NAE_ERA_R-1958_ENSV_Heliloojate_Liit, lk 143
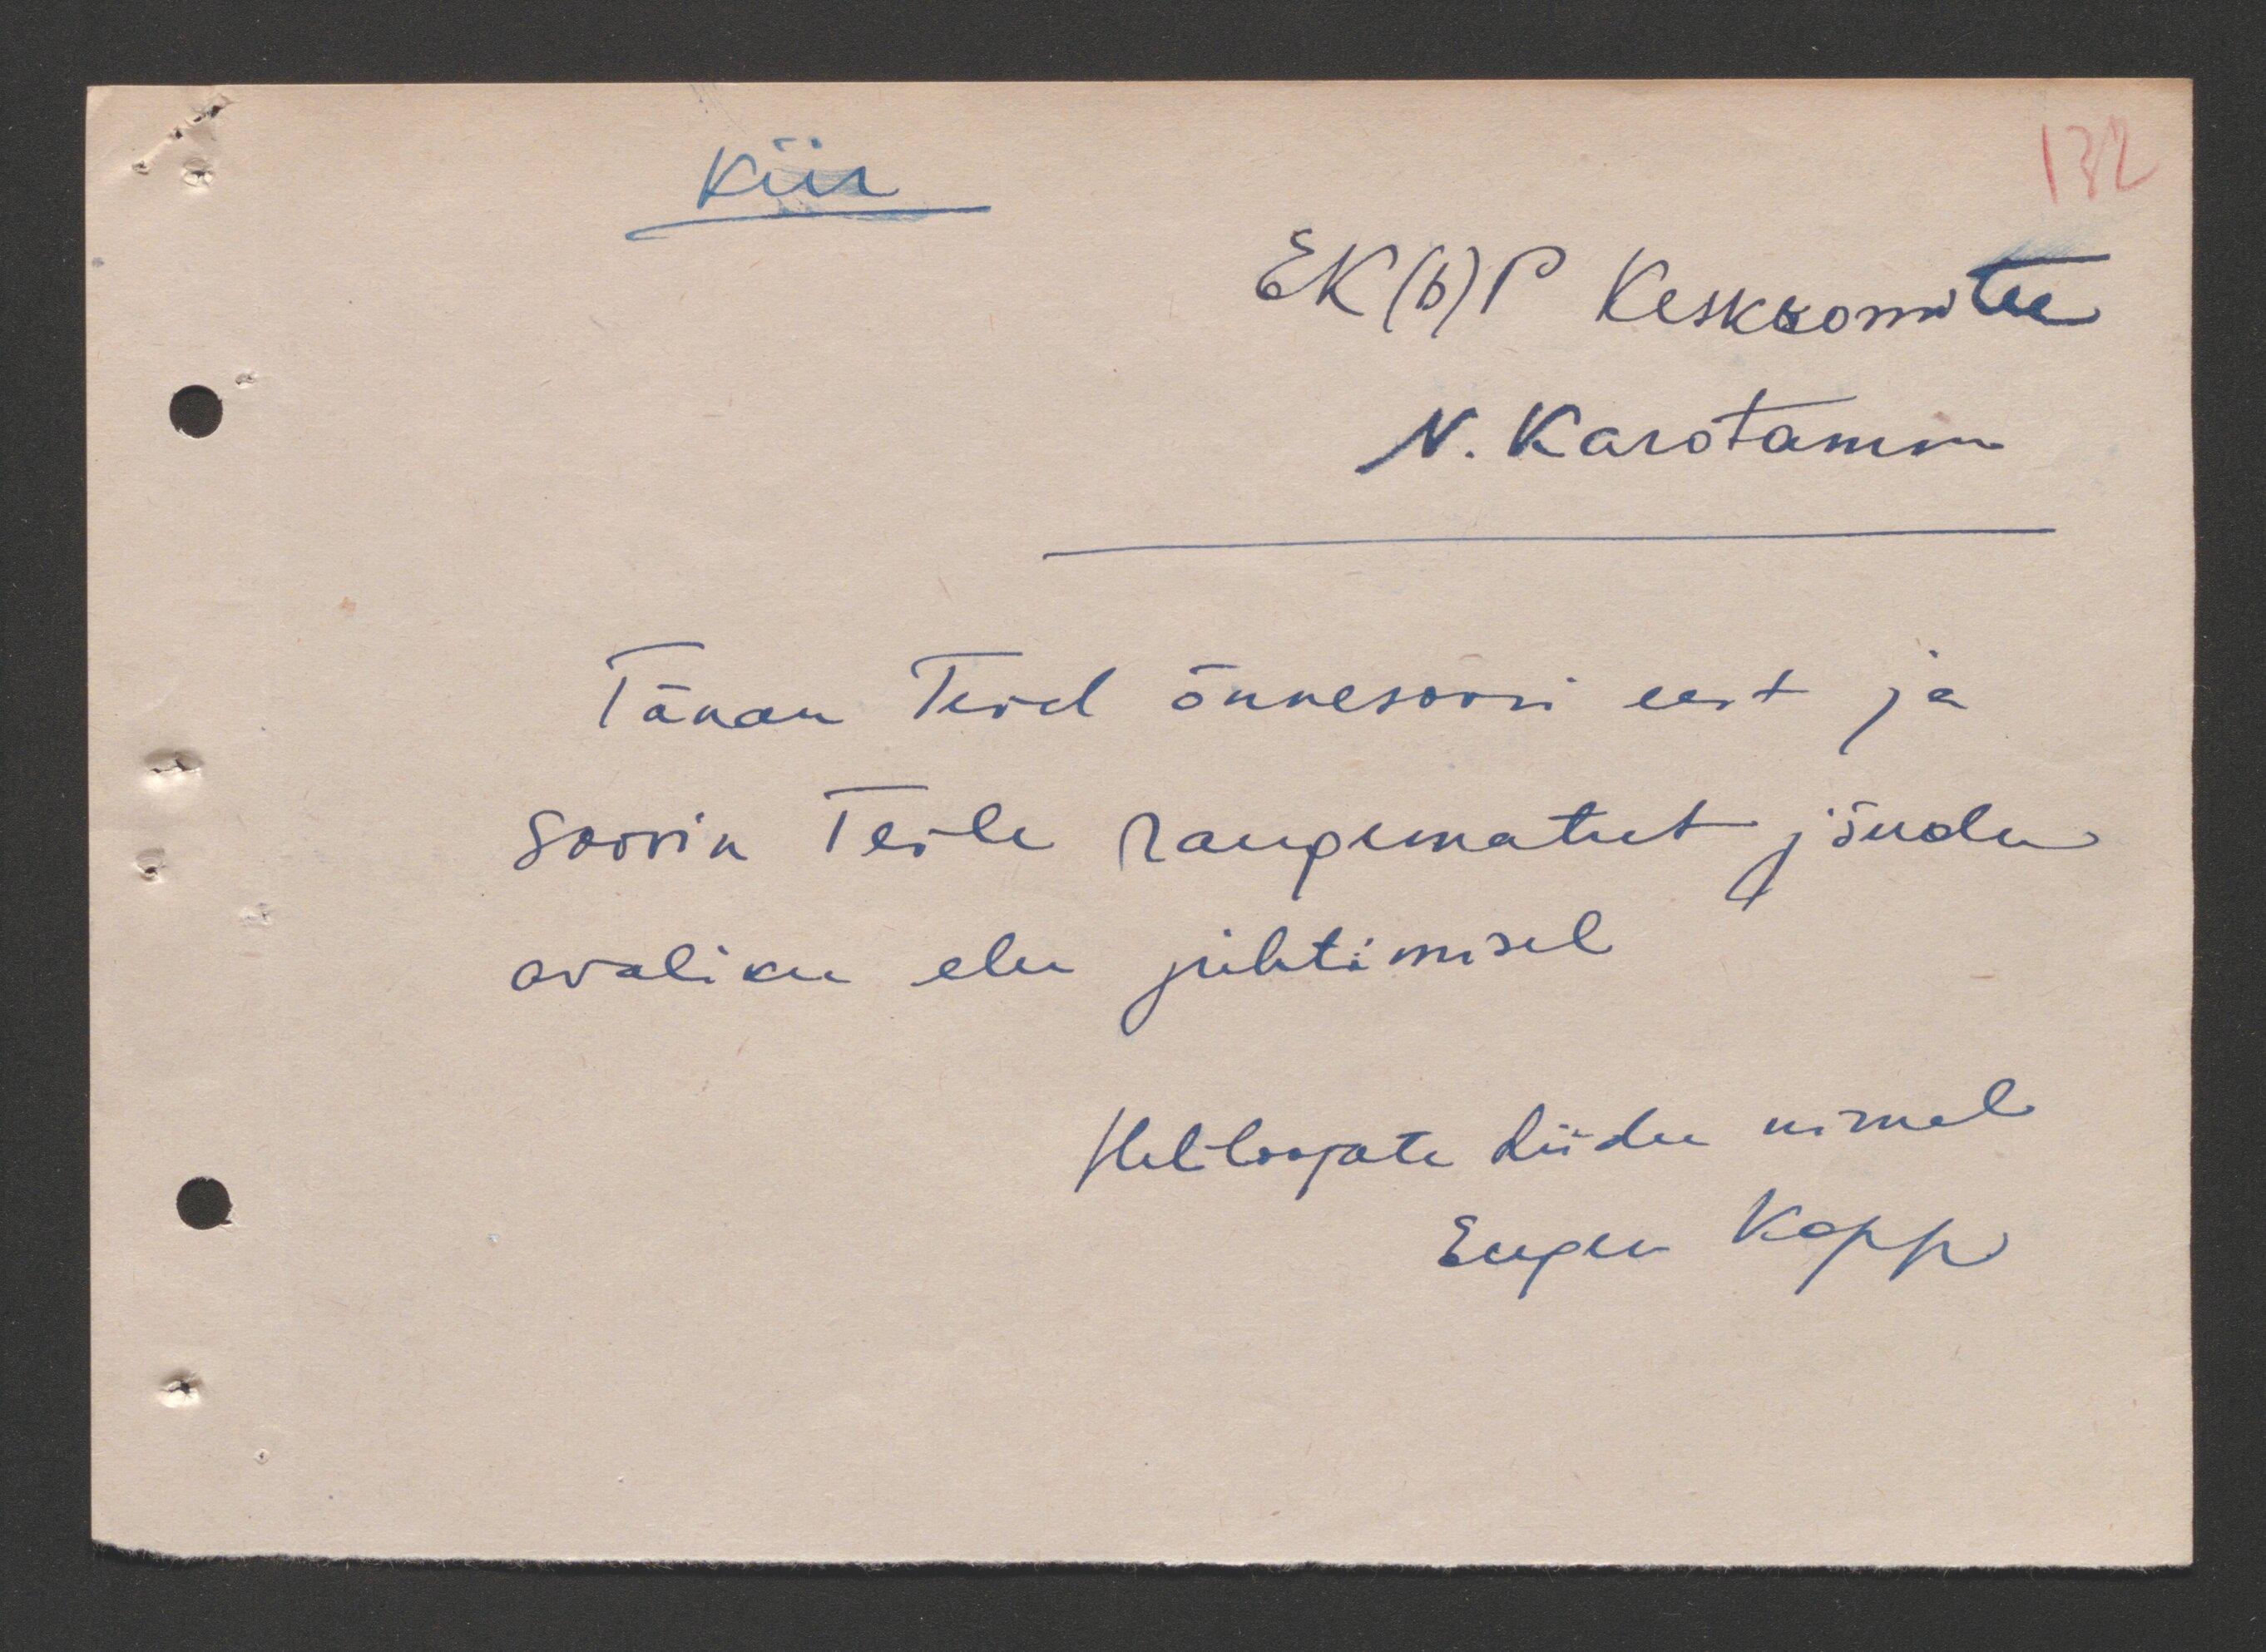
kiir
132
EK(b)P Keskkomitee
N. Karotamm
Tänan Teid õnnesoovi eest ja
soovin Teile raugematut jõudu
avaliku elu juhtimisel.
Heliloojate Liidu nimel
Eugen Kapp